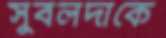
সুবলদাকে